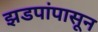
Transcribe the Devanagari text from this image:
झडपांपासून